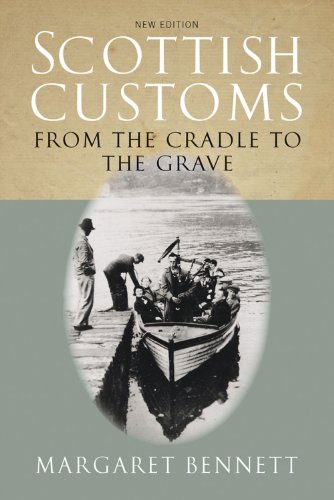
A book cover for Scottish Customs: From the Cradle to the Grave; Margaret Bennett; Literature & Fiction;